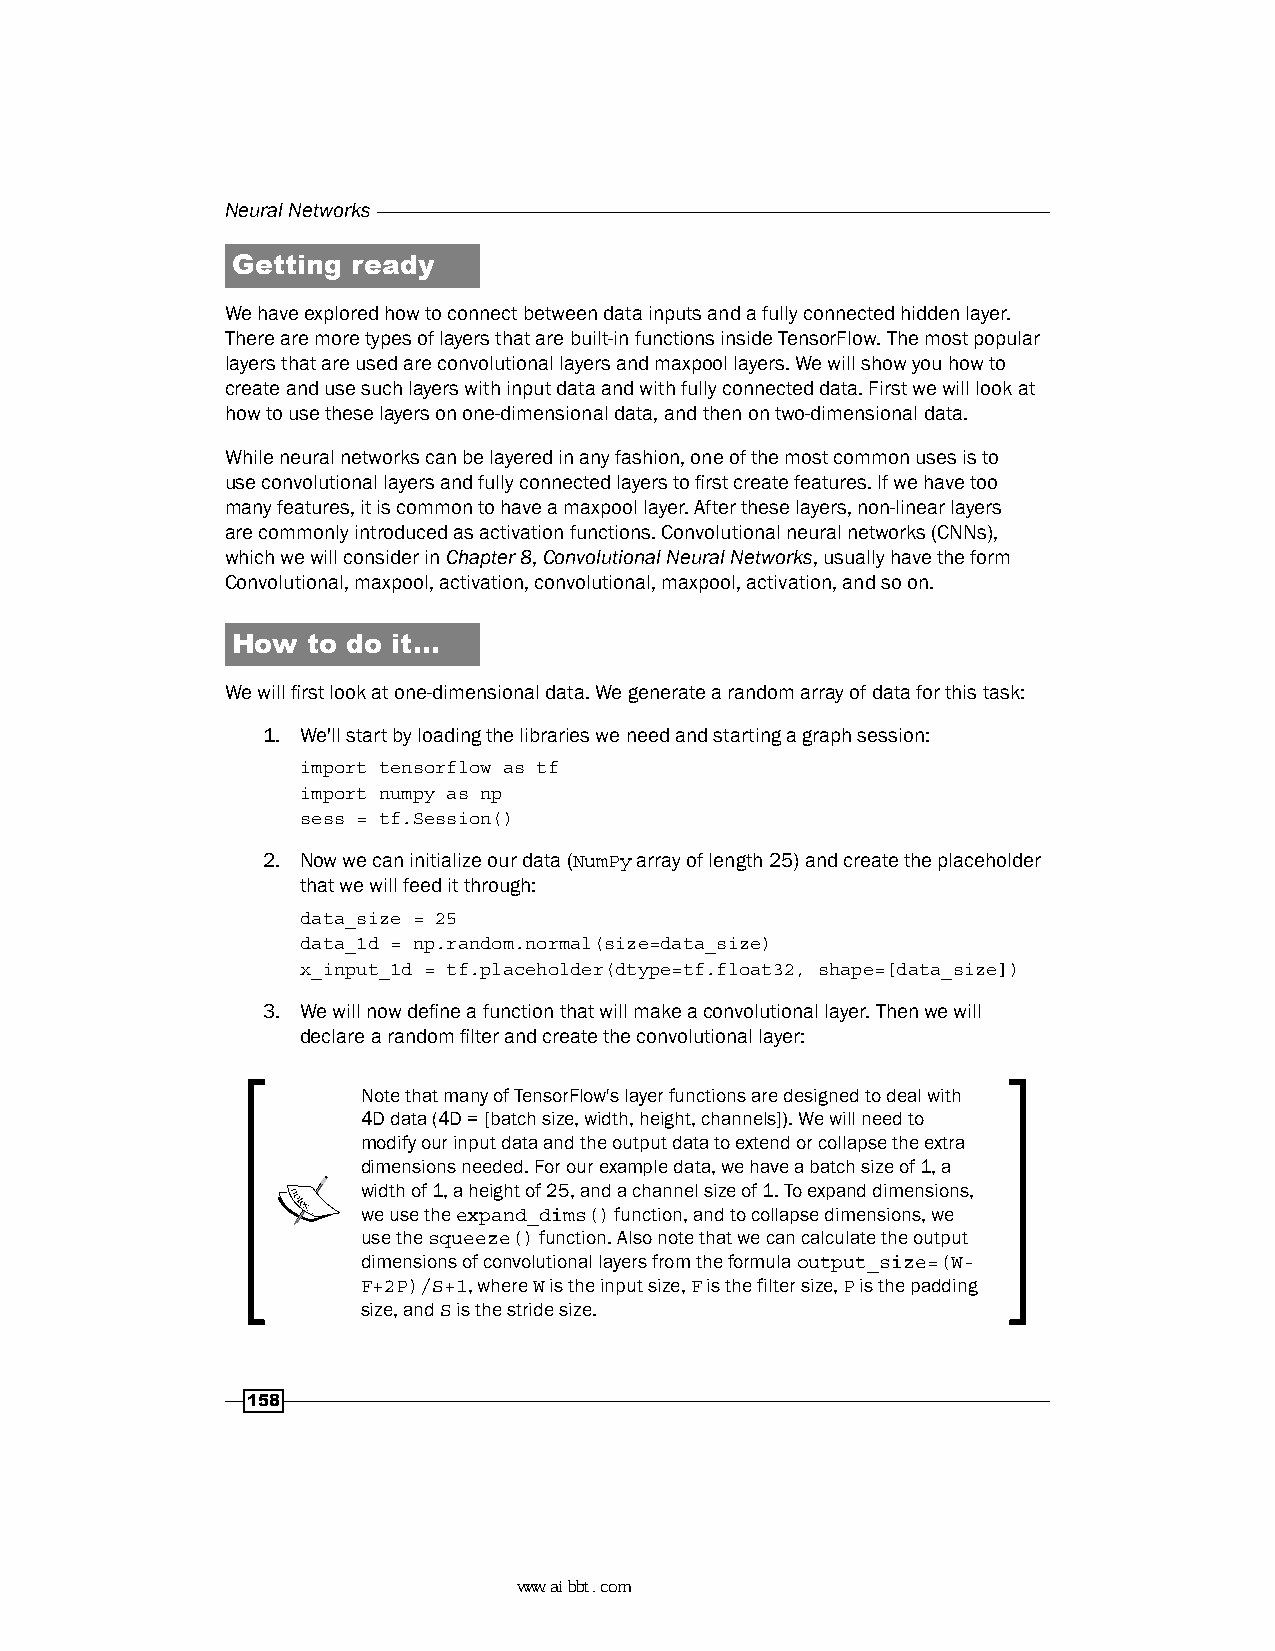
Neural Networks
 Getting ready
 We have explored how to connect between data inputs and a fully connected hidden layer.
 There are more types of layers that are built-in functions inside TensorFlow. The most popular
 layers that are used are convolutional layers and maxpool layers. We will show you how to
 create and use such layers with input data and with fully connected data. First we will look at
 how to use these layers on one-dimensional data, and then on two-dimensional data.
 While neural networks can be layered in any fashion, one of the most common uses is to
 use convolutional layers and fully connected layers to first create features. If we have too
 many features, it is common to have a maxpool layer. After these layers, non-linear layers
 are commonly introduced as activation functions. Convolutional neural networks (CNNs),
 which we will consider in Chapter 8, Convolutional Neural Networks, usually have the form
 Convolutional, maxpool, activation, convolutional, maxpool, activation, and so on.
 How  to do it…
 We will first look at one-dimensional data. We generate a random array of data for this task:
 1. We'll start by loading the libraries we need and starting a graph session:
 import tensorflow as tf
 import numpy as np
 sess = tf.Session()
 2. Now we can initialize our data (NumPy array of length 25) and create the placeholder
 that we will feed it through:
 data_size = 25
 data_1d = np.random.normal(size=data_size)
 x_input_1d = tf.placeholder(dtype=tf.float32, shape=[data_size])
 3. We will now define a function that will make a convolutional layer. Then we will
 declare a random filter and create the convolutional layer:
 Note that many of TensorFlow's layer functions are designed to deal with
 4D data (4D = [batch size, width, height, channels]). We will need to
 modify our input data and the output data to extend or collapse the extra
 dimensions needed. For our example data, we have a batch size of 1, a
 width of 1, a height of 25, and a channel size of 1. To expand dimensions,
 we use the expand_dims() function, and to collapse dimensions, we
 use the squeeze() function. Also note that we can calculate the output
 dimensions of convolutional layers from the formula output_size=(W-
 F+2P)/S+1, where W is the input size, F is the filter size, P is the padding
 size, and S is the stride size.
 158
 www.aibbt.com 让未来触手可及